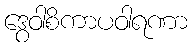
ဒွေဝါစိကာပဝါရဏာ